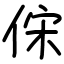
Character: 俕